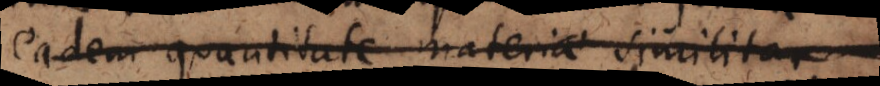
eadem quantitate materiae similiter